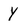
Character: Y